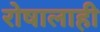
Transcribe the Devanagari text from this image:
रोषालाही